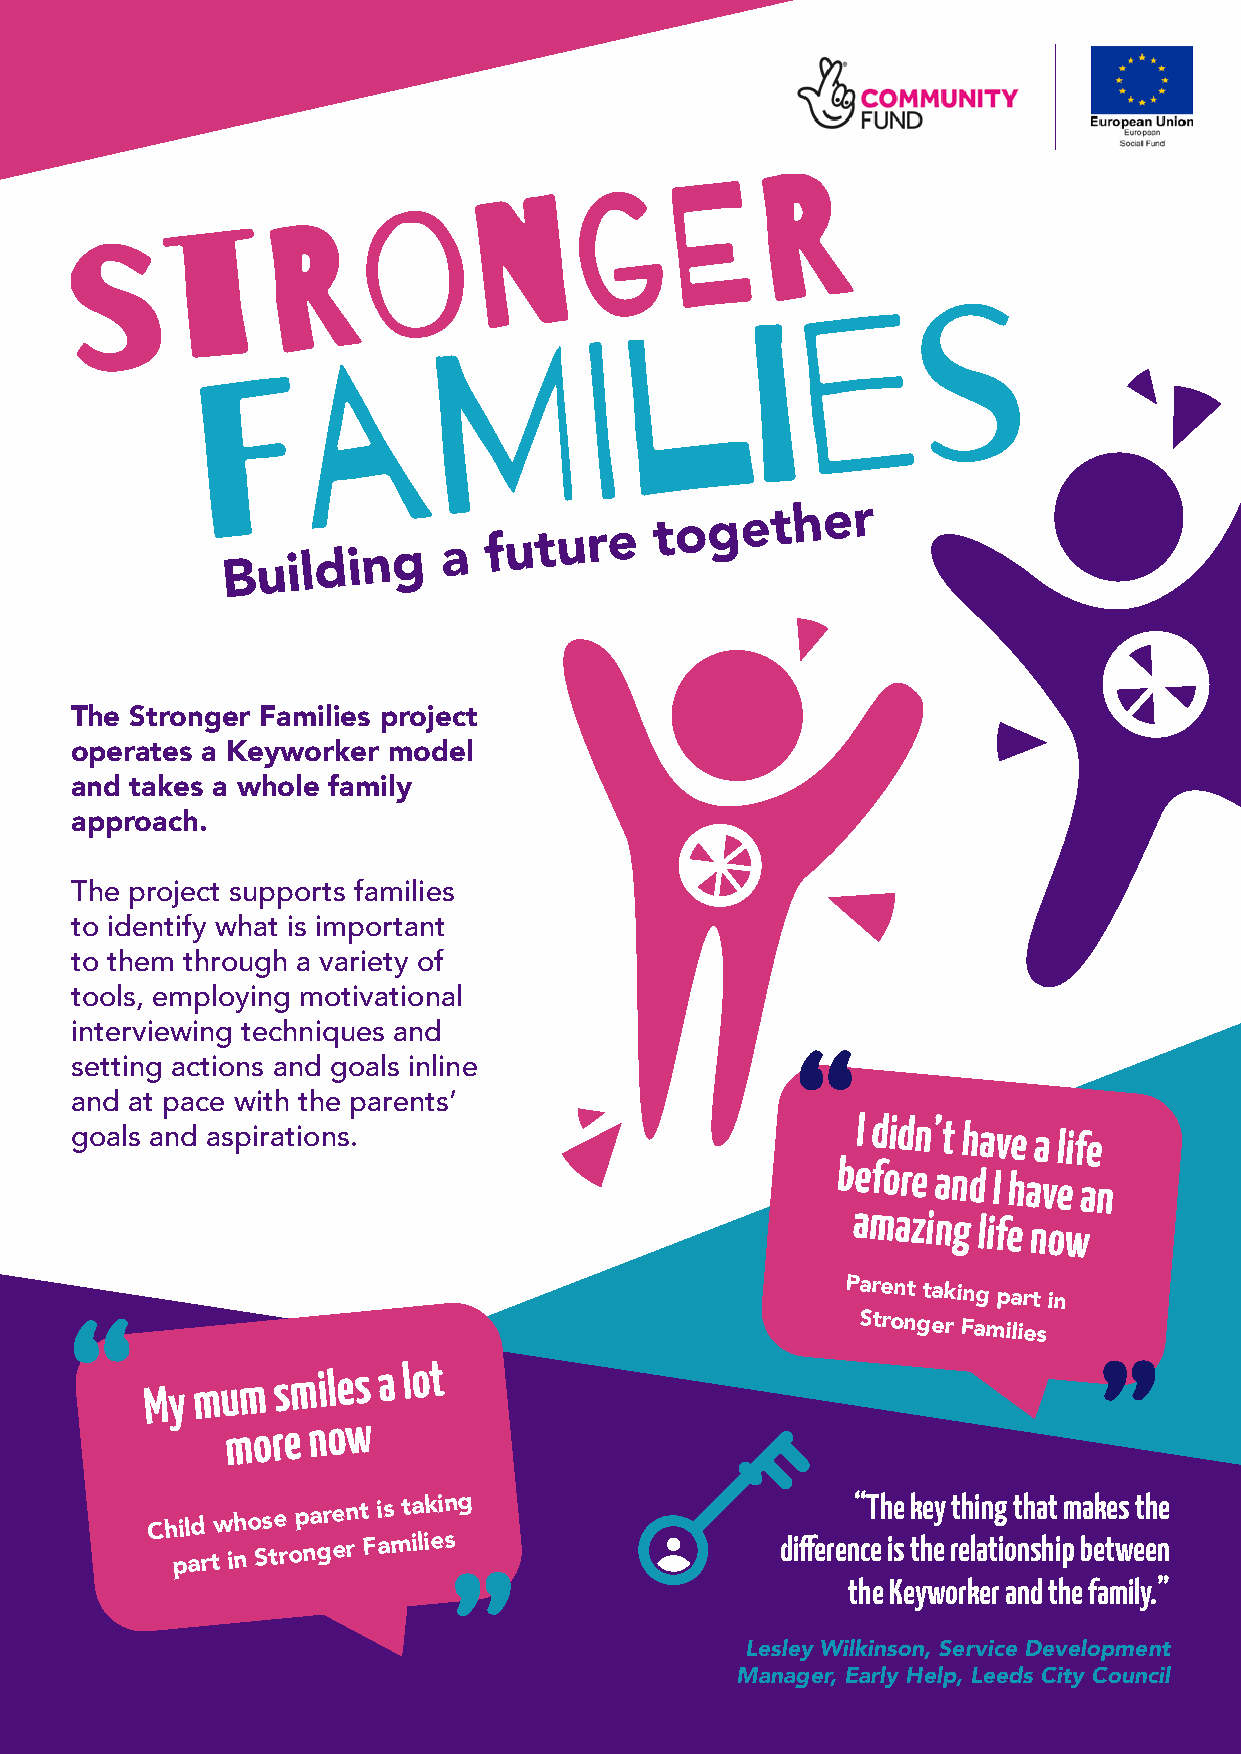
Building      a
 future
 together
 The Stronger Families project
 operates a Keyworker model
 and takes a whole family
 approach.
 The project supports families
 to identify what is important
 to them through a variety of
 tools, employing motivational
 interviewing techniques and
 setting actions and goals inline
 and at pace with the parents’
 goals and aspirations.
 I didn’t
 have a life
 before
 and I have an
 amazing
 life now
 Parent
 taking
 part in
 Stronger
 Families
 My
 mum
 smiles a lot
 more
 now
 Child
 whose
 parent is
 taking                       “The key thing that makes the
 part in
 Stronger
 Families                    difference is the relationship between
 the Keyworker and the family.”
 Lesley Wilkinson, Service Development
 Manager, Early Help, Leeds City Council